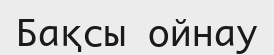
Бақсы ойнау